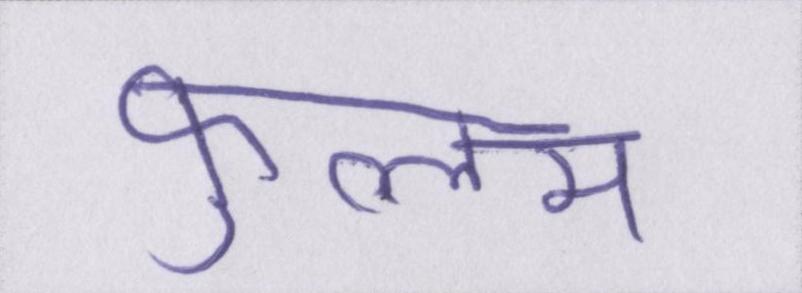
फ़ुल्लम